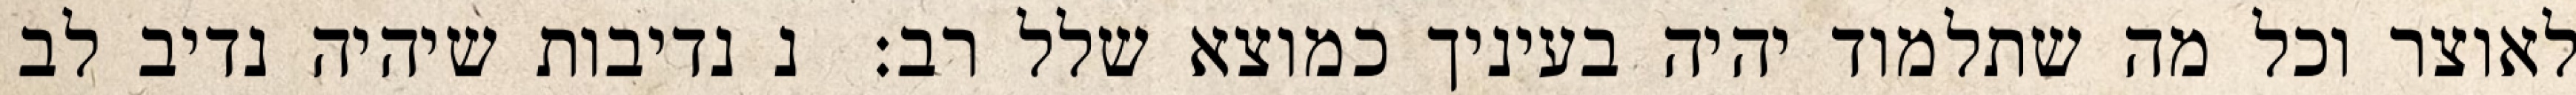
לאוצר וכל מה שתלמוד יהיה בעיניך כמוצא שלל רב:  נ נדיבות שיהיה נדיב לב